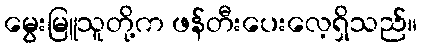
မွေးမြူသူတို့က ဖန်တီးပေးလေ့ရှိသည်။